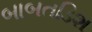
બાબતડિશ